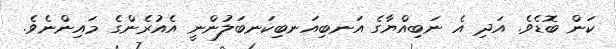
ކަން ބޮޑެވެ. އަދި އެ ނަބިއްޔާގެ އަނބިއަނބިކަނބަލުންނީ އެއުރެންގެ މައިންނެވެ.